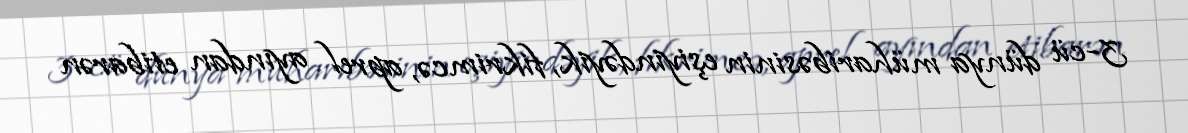
3-cü dünya müharibəsinin eşiyindəyik, fikrimcə, aprel ayından etibarən